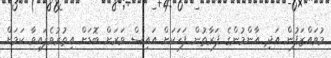
މުވައްޒަފުން އަދި އާންމުންގެ ފަރާތުން ފަހަކަށް އައިސް ވަރަށް ބޮޑަށް އިތުރުވެފައިވާ ކަމަށް